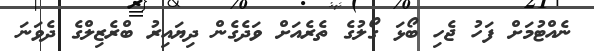
ނެއްޓުމަށް ފަހު ޖެހި ބޯޅަ ގޯލުގެ ތެރެއަށް ވަދެގެން ދިޔައިރު ބްރެޒިލްގެ ދެވަނަ